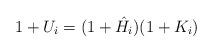
LaTeX: \begin{align*} 1 + U_i = (1 + \hat{H_i})(1 + K_i)\\\end{align*}